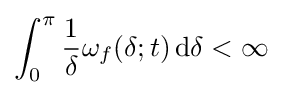
\int _{0}^{\pi }{\frac {1}{\delta }}\omega _{f}(\delta ;t)\,\mathrm {d} \delta <\infty